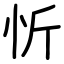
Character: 忻